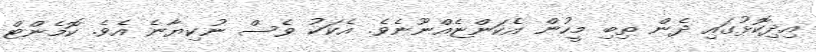
އިދިކޮޅުގައި ދެން ތިބި މީހުން އެކަންޏެއްނޫނެވެ. އެކަކު ވެސް ނުކިޔާނެ އެވެ. ކޮމެންޓް